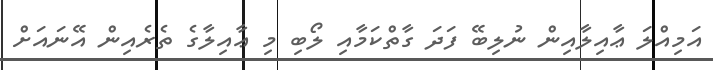
އަމިއްލަ ޢާއިލާއިން ނުލިބޭ ފަދަ ގާތްކަމާއި ލޯބި މި ޢާއިލާގެ ތެރެއިން އޭނައަށް